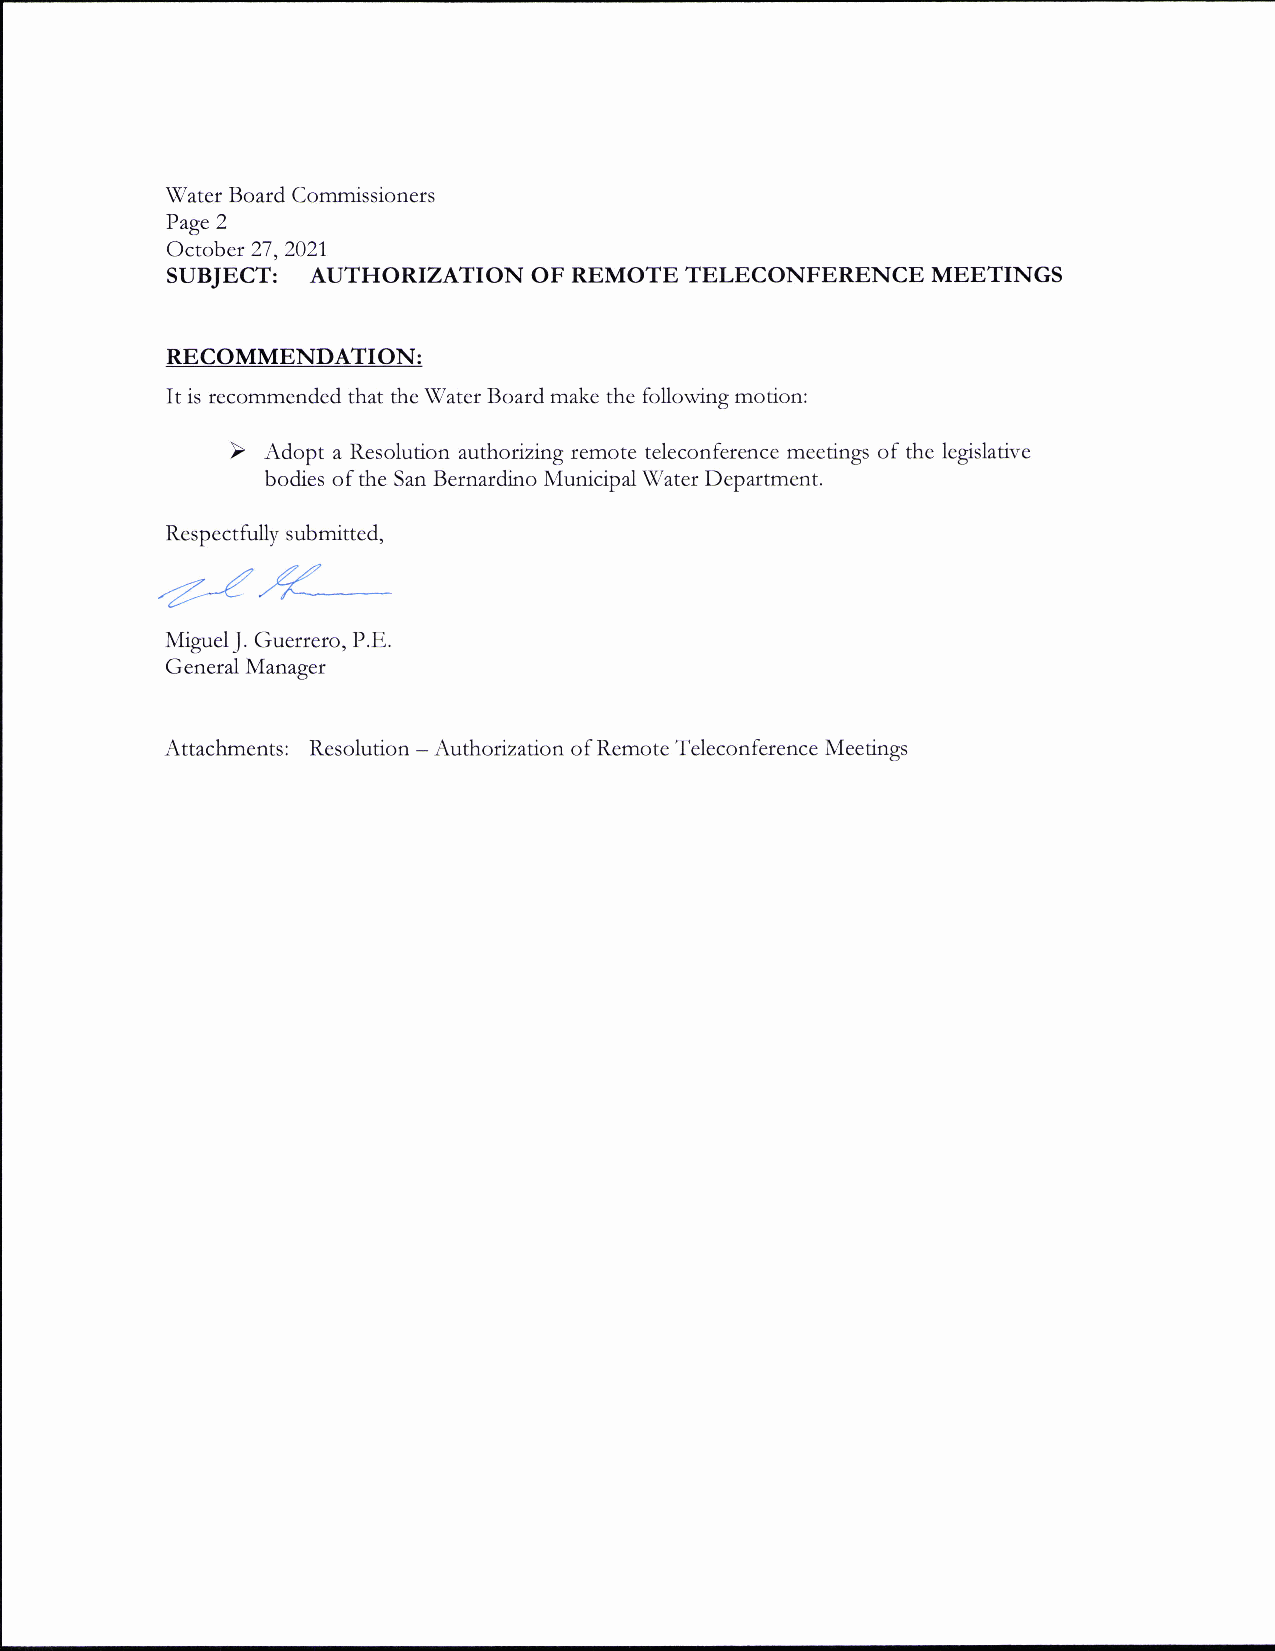
W'ater Board Commisstoners
 Page 2
 October 27,2021
 SUBJECT:  AUTHORIZATION OF REMOTETELECONFERENCE    MEETINGS
 RECOMMENDATION:
 It is recommended that the Water Board make the following motion:
 bodies of the San Bernardino Municipal Water Department.
 Respectfully submitted,
 zzu
 r/./tr-
 Mtguel J. Guerrero, P.E.
 General Manager
 Attachments: Resolution - Authorization of Remote Teleconference Meetings